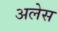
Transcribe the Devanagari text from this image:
अलेस